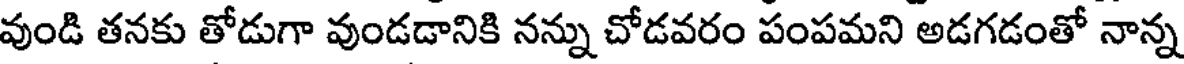
వుండి తనకు తోడుగా వుండడానికి నన్ను చోడవరం పంపమని అడగడంతో నాన్న